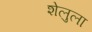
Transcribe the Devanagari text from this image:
शेलुला